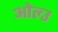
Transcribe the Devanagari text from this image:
ओल्‍उ